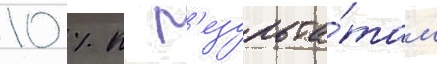
10 % к р'езульта́там